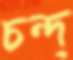
চন্দ্